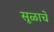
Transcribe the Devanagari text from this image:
सूळाचे